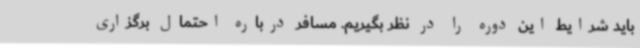
باید شرایط این دوره را در نظر بگیریم. مسافر درباره احتمال برگزاری